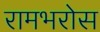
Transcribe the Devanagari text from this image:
रामभरोस